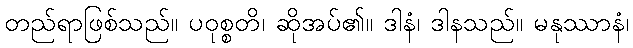
တည်ရာဖြစ်သည်။ ပဝုစ္စတိ၊ ဆိုအပ်၏။ ဒါနံ၊ ဒါနသည်။ မနုဿာနံ၊